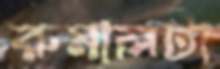
রুমালটা